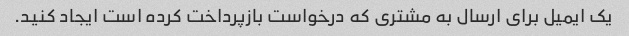
یک ایمیل برای ارسال به مشتری که درخواست بازپرداخت کرده است ایجاد کنید.